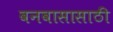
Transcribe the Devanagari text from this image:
वनवासासाठी